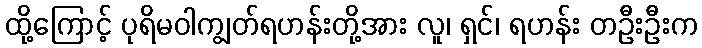
ထို့ကြောင့် ပုရိမဝါကျွတ်ရဟန်းတို့အား လူ၊ ရှင်၊ ရဟန်း တဦးဦးက